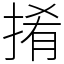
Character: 𢯎